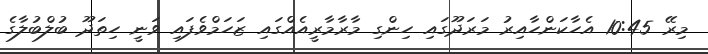
މިރޭ 10:45 އެހާކަންހާއިރު މަރަދޫގައި ހިންގި މާރާމާރީއެއްގައި ޒަހަމްވެފައި ވަނީ ހިތަދޫ ބުލްބުލާގެ